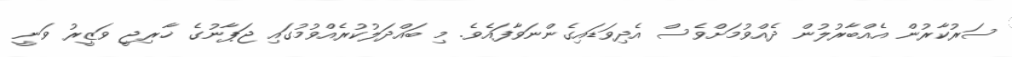
ސަރުކާރުން އެއްބާރުލުން ދެއްވުމަށްވެސް އެދިވަޑައިގެންނަވާފައެވެ. މި ބައްދަލުކުރެއްވުމުގައި ޖަޕާނުގެ ޚާރިޖީ ވަޒީރު ވަނީ